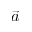
\vec { a }